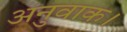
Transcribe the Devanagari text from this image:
अनुवाक।